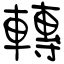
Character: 轉